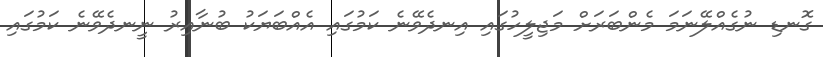
ގޮނޑި ނުގެއްލޭނަމަ މެންބަރަށް މަޖިލީހުގައި އިނދެވޭނެ ކަމުގައި އެއްބަޔަކު ބުނާއިރު ނީނދެވޭނެ ކަމުގައި